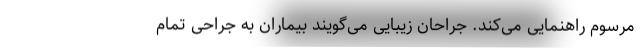
مرسوم راهنمایی می‌کند. جراحان زیبایی می‌گویند بیماران به جراحی تمام